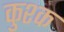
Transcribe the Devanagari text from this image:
कुश्क